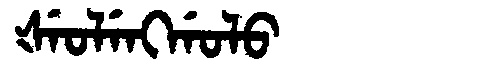
Manchu: ᡧᡝᠣᠯᡝᠩᡤᠣᠯᠣ
Romanization: ŠEOLENGGOLO